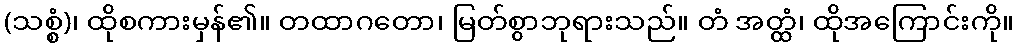
(သစ္စံ)၊ ထိုစကားမှန်၏။ တထာဂတော၊ မြတ်စွာဘုရားသည်။ တံ အတ္ထံ၊ ထိုအကြောင်းကို။